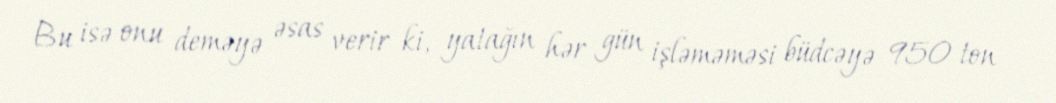
Bu isə onu deməyə əsas verir ki, yatağın hər gün işləməməsi büdcəyə 950 ton